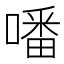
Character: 噃